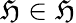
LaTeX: \mathfrak{H}\in\mathbf{{\mathfrak{H}}}